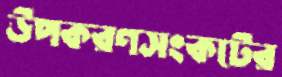
উপকরণসংকটের